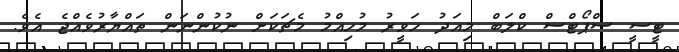
ޓީސީ ސްޕޯޓްސް ކްލަބް މިއަދު ހަވީރު މުހިއްމު މެޗަކަށް ނުކުންނަން ތައްޔާރުވެއްޖެ އެވެ.